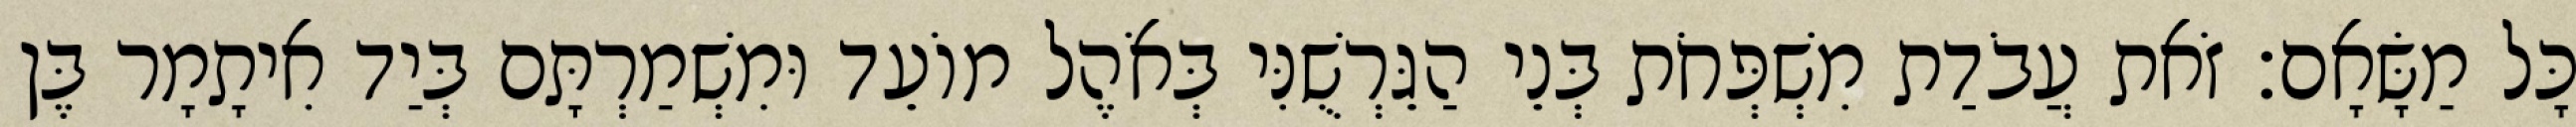
כָּל מַשָּׂאָם׃ זֹאת עֲבֹדַת מִשְׁפְּחֹת בְּנֵי הַגֵּרְשֻׁנִּי בְּאֹהֶל מוֹעֵד וּמִשְׁמַרְתָּם בְּיַד אִיתָמָר בֶּן